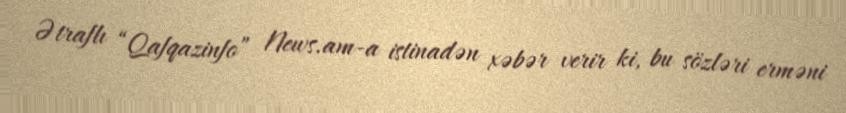
Ətraflı “Qafqazinfo” News.am-a istinadən xəbər verir ki, bu sözləri erməni